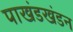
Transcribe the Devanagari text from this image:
पाखंडखंडन